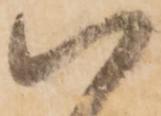
以